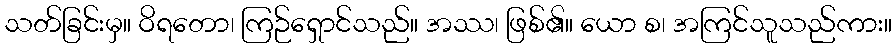
သတ်ခြင်းမှ။ ဝိရတော၊ ကြဉ်ရှောင်သည်။ အဿ၊ ဖြစ်၏။ ယော စ၊ အကြင်သူသည်ကား။